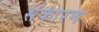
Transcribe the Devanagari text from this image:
संकारण